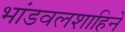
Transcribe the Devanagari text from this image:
भांडवलशाहिने